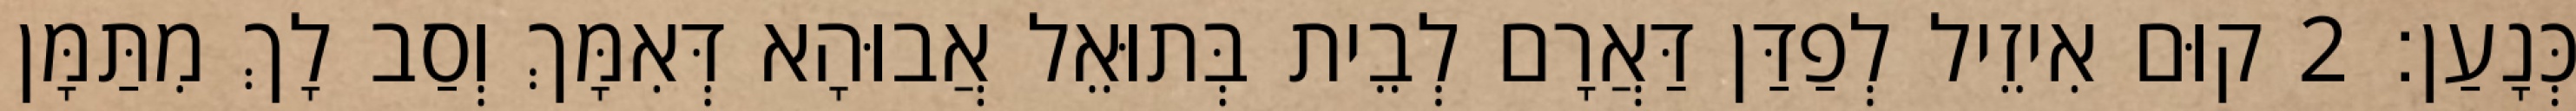
כְּנָעַן׃ 2 קוּם אִיזֵיל לְפַדַּן דַּאֲרָם לְבֵית בְּתוּאֵל אֲבוּהָא דְּאִמָּךְ וְסַב לָךְ מִתַּמָּן